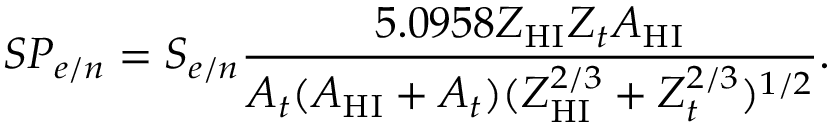
S P _ { e / n } = S _ { e / n } \frac { 5 . 0 9 5 8 Z _ { \mathrm { H I } } Z _ { t } A _ { \mathrm { H I } } } { A _ { t } ( A _ { \mathrm { H I } } + A _ { t } ) ( Z _ { \mathrm { H I } } ^ { 2 / 3 } + Z _ { t } ^ { 2 / 3 } ) ^ { 1 / 2 } } .